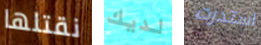
نقتلها لديك استدرت